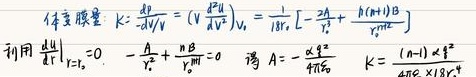
体积模量：\(K = -\frac{dP}{dV/V} = (V \frac{d^{2}U}{dV^{2}})_{N} = \frac{1}{18r_{0}} [ -\frac{2A}{r_{0}^{2}} + \frac{A(n + 1)B}{r_{0}^{n + 1}} ]\)
利用\(\left.\frac{dU}{dV}\right|_{V = V_{0}} = 0, -\frac{A}{r_{0}^{2}} + \frac{nB}{r_{0}^{n + 1}} = 0\) 得 \(A = \frac{nB r_{0}^{n - 1}}{r_{0}^{2}}\)  \(K = \frac{(n - 1) \epsilon^{*}}{45r_{0} \times 18r_{0}^{3}}\)